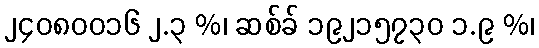
၂၄၀၈၀၀၁၆ ၂.၃ %၊ ဆစ်ခ် ၁၉၂၁၅၇၃၀ ၁.၉ %၊